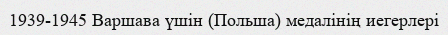
1939-1945 Варшава үшін (Польша) медалінің иегерлері